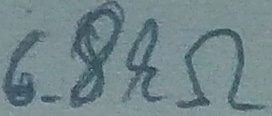
Text: 6.8kΩ